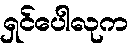
ရှင်ပေါလုက